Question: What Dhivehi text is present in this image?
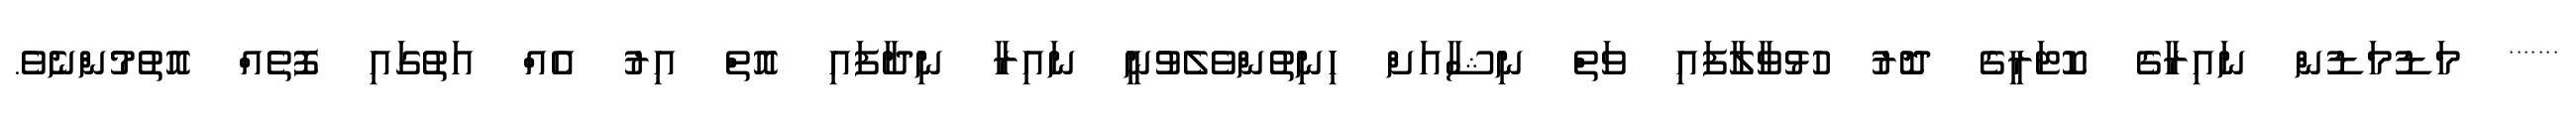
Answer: ******* މަޑުމަޑުން ނައިރާގެ ކޮޓަރީގެ ދޮރު ހުޅުވާލާފައި ވަތް ނިޝާއަށް ހިނިތުންވެލެވުނީ ނައިރާ ނިދާފައި އޮތް އިރު އެއް އަތުގައި ފޮތެއް އޮތުމުންނެވެ.